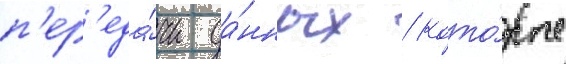
п'ер'еда́чи да́нных / кото́рые